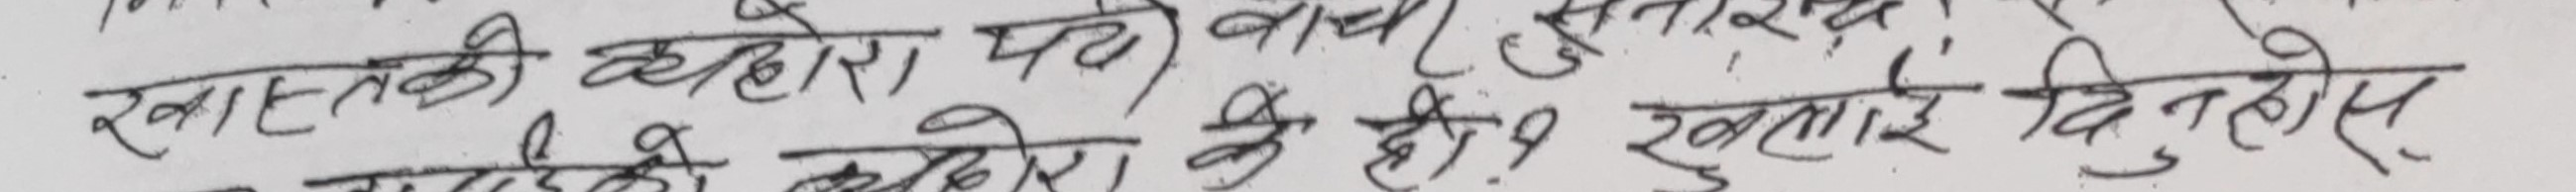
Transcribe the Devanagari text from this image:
खास्तकी व्हेहोरी पढ् । बाच (सुतार) खुसारेको व्हेहोरी के छी ? खुलाइ दिनुहोस ।